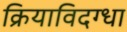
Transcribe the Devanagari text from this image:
क्रियाविदग्धा